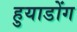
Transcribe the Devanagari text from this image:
हुयाडोंग